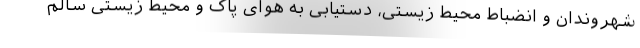
شهروندان و انضباط محیط زیستی، دستیابی به هوای پاک و محیط زیستی سالم